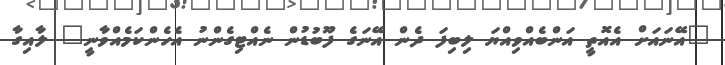
"އޭނައަށް އެއޮތީ އަންބެއްވިއްޔަ ލިބިފަ ދެން އޭނަގެ ފޫބުޑުން ނެއްޓިގެންނު އެހެންކަމެއްވާނީ" ލާއިގާ